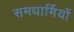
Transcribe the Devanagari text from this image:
समधार्मियों